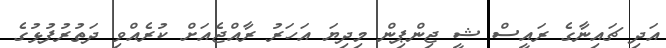
އަދި ޗައިނާގެ ރައީސް ޝީ ޖިންޕިން މިދިޔަ އަހަރު ރާއްޖެއަށް ކުރެއްވި ދަތުރުފުޅުގެ